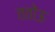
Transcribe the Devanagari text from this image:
ततोऊ